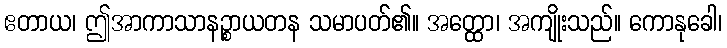
ဧတာယ၊ ဤအာကာသာနဉ္စာယတန သမာပတ်၏။ အတ္ထော၊ အကျိုးသည်။ ကောနုခေါ၊